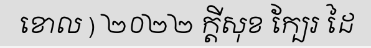
ខោល ) ២០២២ ក្តីសុខ ក្បែរ ដៃ